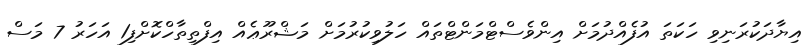
އިޔާދަކުރަނިވި ހަކަތަ އުފެއްދުމަށް އިންވެސްޓްމަންޓްތައް ހަލުވިކުރުމަށް މަޝްރޫޢެއް އިފްތިތާހްކޮށްފި1 އަހަރު 7 މަސް